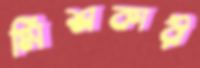
মিশ্রকারী